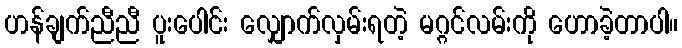
ဟန်ချက်ညီညီ ပူးပေါင်း လျှောက်လှမ်းရတဲ့ မဂ္ဂင်လမ်းကို ဟောခဲ့တာပါ။